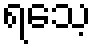
ရသေ့